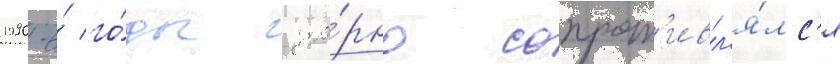
1990-е́ го́ды упо́рно сопрот'ивл'я́лс'я